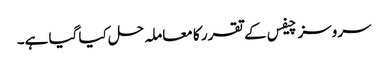
سروسز چیفس کے تقرر کا معاملہ حل کیا گیا ہے۔